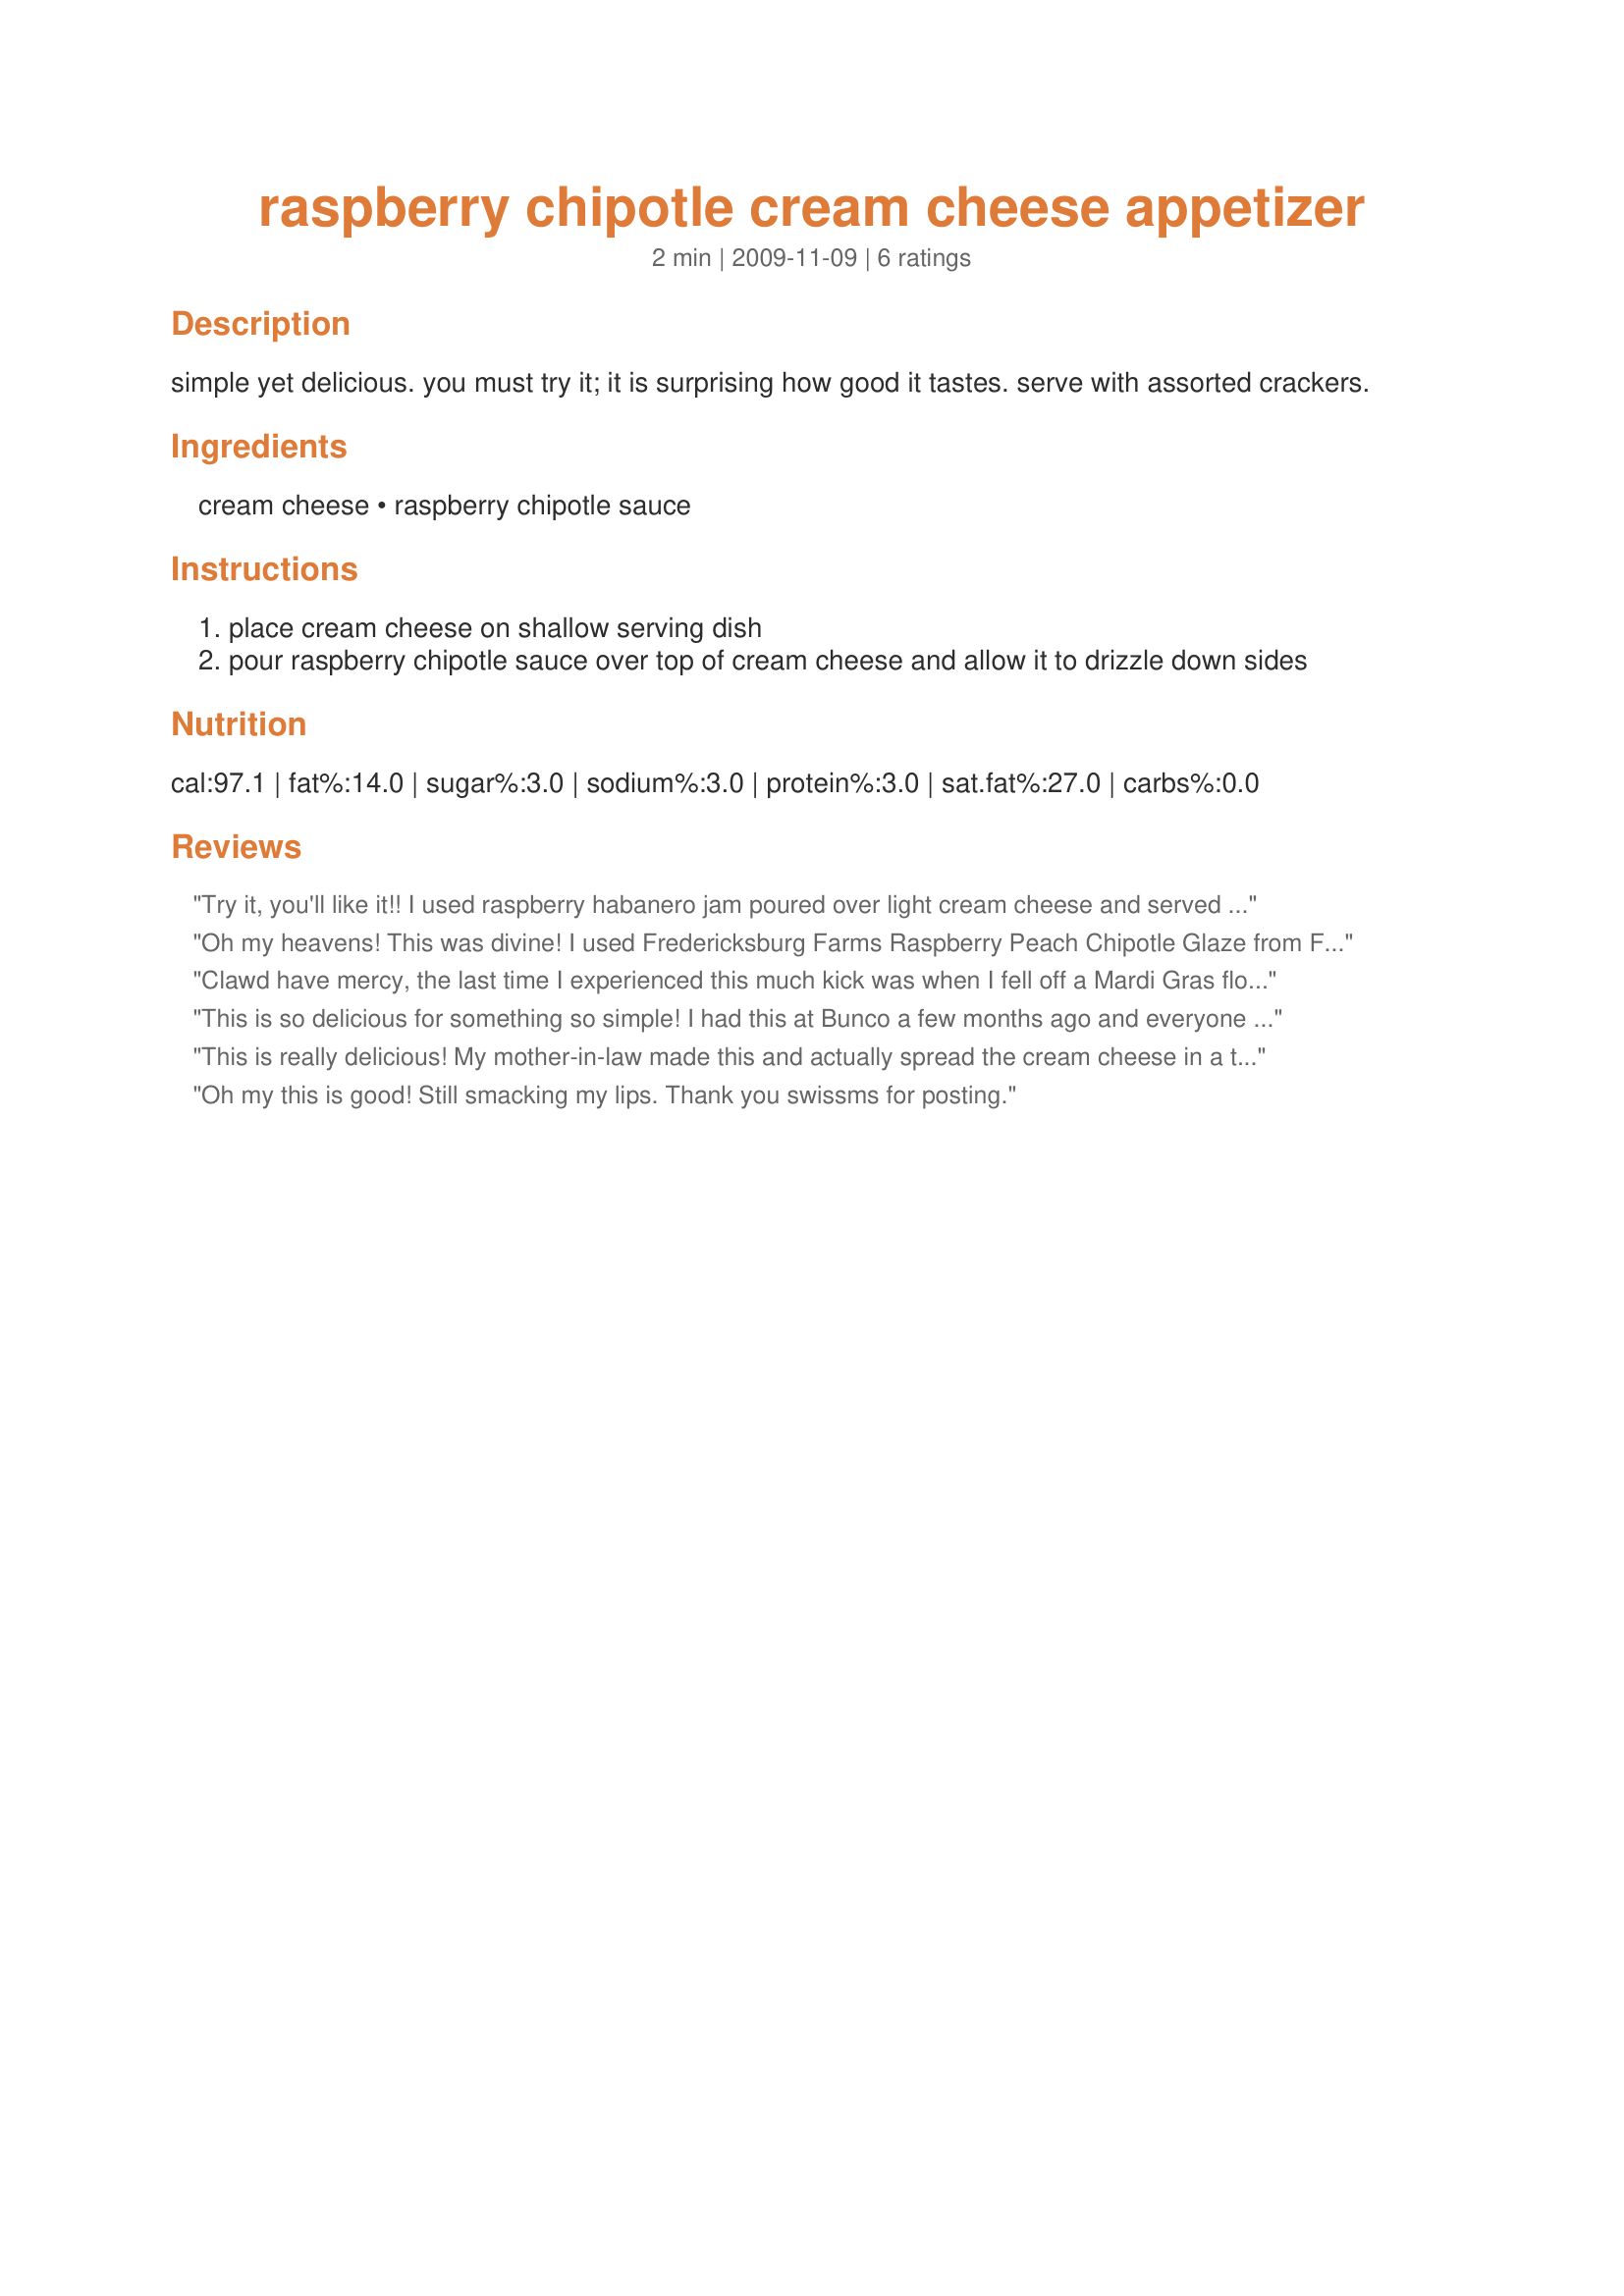
raspberry chipotle cream cheese appetizer
Preparation time: 2 minutes

simple yet delicious. you must try it; it is surprising how good it tastes. serve with assorted crackers.

Ingredients:
cream cheese, raspberry chipotle sauce

Steps:
place cream cheese on shallow serving dish
pour raspberry chipotle sauce over top of cream cheese and allow it to drizzle down sides

Reviews:
Try it, you'll like it!! I used raspberry habanero jam poured over light cream cheese and served with Ritz crackers - it all went together so perfectly. The cream cheese puts out the heat from the habanero and the saltiness of the crackers fits in just right. I served this on a buffet during a football game with several other aps including spicy meatballs - this dish was by far the prettiest and not a bit leftover!
Oh my heavens! This was divine! I used Fredericksburg Farms Raspberry Peach Chipotle Glaze from FredericksburgFarms.com made right here in Texas by some other great ranchers! Served with triscuits. Fantastically easy and yummy appy for our Christmas Eve/25th wedding Anniversary celebration!
Clawd have mercy, the last time I experienced this much kick was when I fell off a Mardi Gras float. Made for PRMR.
This is so delicious for something so simple! I had this at Bunco a few months ago and everyone there wanted the recipe. I went to the store and bought the ingredients ASAP and served it to my family and they loved it as much as I did. Definitely give this one a try!
This is really delicious! My mother-in-law made this and actually spread the cream cheese in a thin layer over a serving platter, with the sauce spread evenly over that. She served it with Frito's scoops, which are "sturdy" enough to handle scraping up the cream cheese, and taste great with the dip! She used Bronco Bill's brand of raspberry chipotle sauce. I am not sure where she purchased it, but I have been able to find it at World Market.
Oh my this is good! Still smacking my lips. Thank you swissms for posting.
